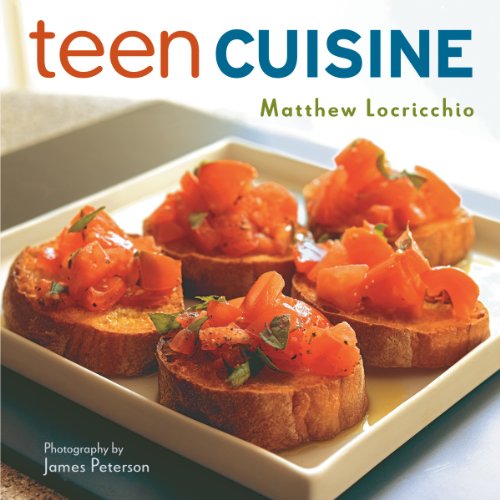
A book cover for Teen Cuisine; Matthew Locricchio; Teen & Young Adult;